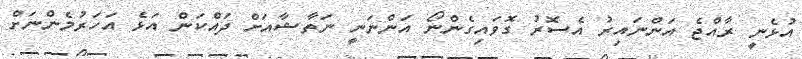
އުޅެނީ ރާއްޖެ އަންނައިރު އެސޮރު ގޮވައިގެންނޯ އަންނަނީ ނަތާޝާއަށް ދައްކަން އަޅެ އަހަރުމެންނަށް